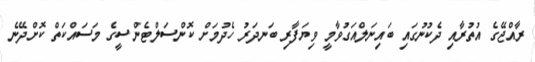
ރާއްޖޭގެ އުތުރާއި ދެކުނުގައި ބައިނަލްއަގުވާމީ ވިޔަފާރި ބަނދަރު ހެދުމަށް ކޮންސަލްޓެންސީގެ މަސައްކަތް ކޮށްދޭނެ